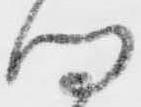
向